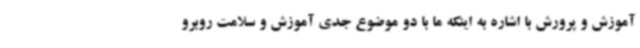
آموزش و پرورش با اشاره به اینکه ما با دو موضوع جدی آموزش و سلامت روبرو